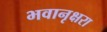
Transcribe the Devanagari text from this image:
भवानृक्षरा